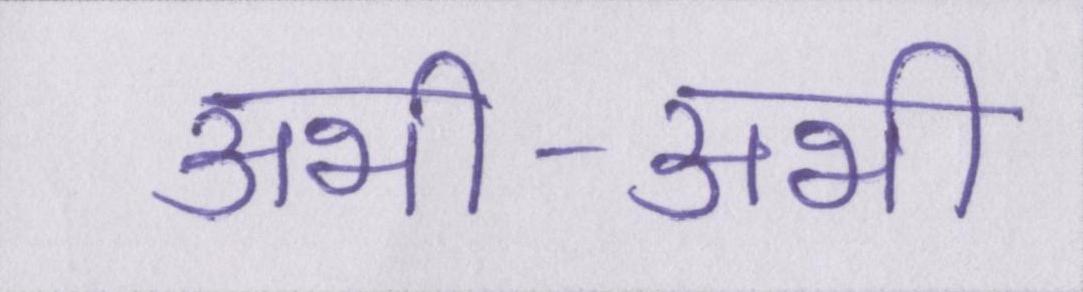
अभी-अभी